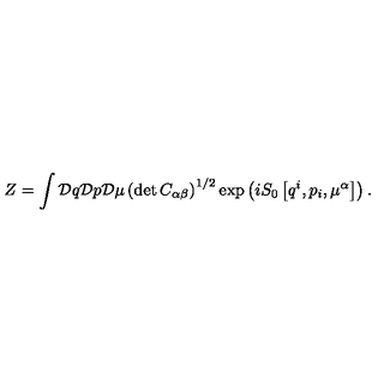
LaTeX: Z = \int { \cal D } q { \cal D } p { \cal D } \mu \left( \det C _ { \alpha \beta } \right) ^ { 1 / 2 } \exp \left( i S _ { 0 } \left[ q ^ { i } , p _ { i } , \mu ^ { \alpha } \right] \right) .